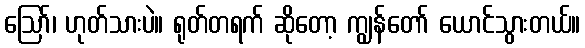
ဩော်၊ ဟုတ်သားပဲ။ ရုတ်တရက် ဆိုတော့ ကျွန်တော် ယောင်သွားတယ်။